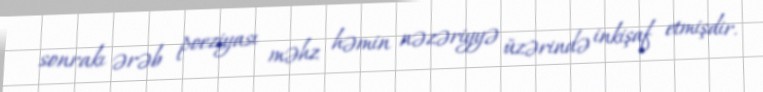
sonrakı ərəb poeziyası məhz həmin nəzəriyyə üzərində inkişaf etmişdir.